Report on sanitation, dispensaries, and jails in Rajputana for 1916, and on vaccination for the year 1916-1917 - 1916-1917
Year: 1916
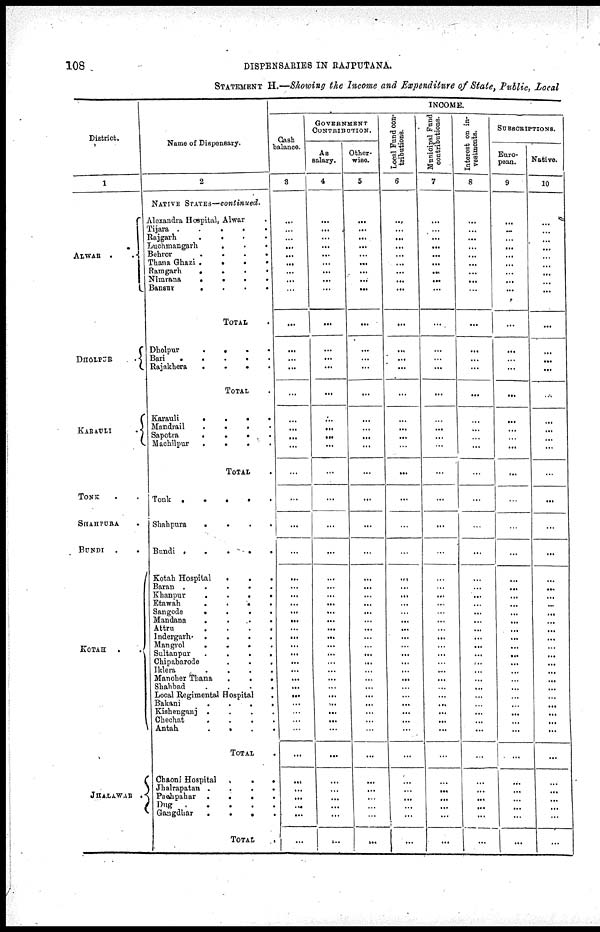
108
DISPENSARIES IN RAJPUTANA.
STATEMENT H.—Showing the Income and Expenditure of State, Public, Local
District.
1
1
ALWAR
..
DHOLPUR
.
KARAULI
.
TONK ..
SHAHPURA .
BUNDI
..
KOTAH
. .
JHALAWAR
.
Name of Dispensary.
2
NATIVE STATES—continued.
Alexandra Hospital, Alwar .
Tijara
.....
Rajgarh
....
Luchmangarh
...
Behror
.
.
.
.
Thana Ghazi
.
.
.
.
Ramgarh
.
.
.
.
Nimrana
.
.
.
.
Bansur
....
TOTAL .
Dholpur
.
.
.
.
Bari
.
.
.
.
.
Rajakhera
.
.
.
.
TOTAL .
Karauli
.
.
.
.
Mandrail
.
.
.
.
Sapotra
.
.
.
Machilpur
.
.
.
.
TOTAL .
Tonk
.
.
.
.
.
Shahpura
.
.
.
.
Bundi
.
.
.
.
.
Kotah Hospital
.
.
.
Baran
.
.
.
.
.
Khanpur
.
.
.
.
Etawah
.
.
.
.
Sangode
.
.
.
.
Mandana
.
.
.
.
Attru
.
.
.
.
Indergarh
.
.
.
.
Mangrol
.
.
.
.
Sultanpur
.
.
.
.
Chipabarode
.
.
.
Iklera
.
.
.
.
.
Manoher Thana
.
.
.
Shahbad
.
.
.
.
Local Regimental Hospital .
Bakani
.
.
.
.
Kishenganj
.
.
.
.
Chechat
.
.
.
.
Antah
....
TOTAL .
Chaoni Hospital
.
.
.
Jhalrapatan
....
Pachpahar
....
Dug
.....
Gangdhar
....
TOTAL
INCOME.
Cash
balance.
3
...
...
...
...
...
...
...
...
...
...
...
...
...
...
...
...
...
...
...
...
...
...
...
...
...
...
...
...
...
...
...
...
...
...
...
...
...
...
...
...
...
...
...
...
...
...
...
...
GOVERNMENT
CONTRIBUTION.
As
salary.
4
...
...
...
...
...
...
...
...
...
...
...
...
...
...
...
...
...
...
...
...
...
...
...
...
...
...
...
...
...
...
...
...
...
...
...
...
...
...
...
...
...
...
...
...
...
...
...
...
Other-
wise.
5
...
...
...
...
...
...
...
...
...
...
...
...
...
...
...
...
...
...
...
...
...
...
...
...
...
...
...
...
...
...
...
...
...
...
...
...
...
...
...
...
...
...
...
...
...
...
...
...
Local Fund con-
tributions.
6
...
...
...
...
...
...
...
...
...
...
...
...
...
...
...
...
...
...
...
...
...
...
...
...
...
...
...
...
...
...
...
...
...
...
...
...
...
...
...
...
...
...
...
...
...
...
...
...
Municipal Fund
contributions.
7
...
...
...
...
...
...
...
...
...
...
...
...
...
...
...
...
...
...
...
...
...
...
...
...
...
...
...
...
...
...
...
...
...
...
...
...
...
...
...
...
...
...
...
...
...
...
...
...
Interest on in¬
vestments.
8
...
...
...
...
... ...
...
...
...
...
...
...
...
...
...
...
...
...
...
...
...
...
...
...
...
...
...
...
...
...
...
...
...
...
...
...
...
...
...
...
...
...
...
...
...
...
...
...
SUBSCRIPTIONS.
Euro¬
pean.
9
...
...
...
...
... ...
...
...
...
...
...
...
...
...
...
...
...
...
...
...
...
...
...
...
...
...
...
...
...
...
...
...
...
...
...
...
...
...
...
...
...
...
...
...
...
...
...
...
Native.
10
...
...
...
...
...
...
...
...
...
...
...
...
...
...
...
...
...
...
...
...
...
...
...
...
...
...
...
...
...
...
...
...
...
...
...
...
...
...
...
...
...
...
...
...
...
...
...
...